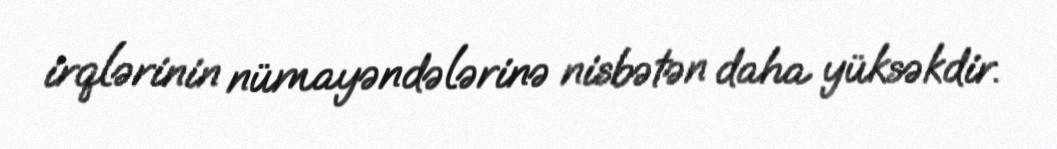
irqlərinin nümayəndələrinə nisbətən daha yüksəkdir.